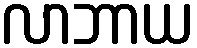
လာဘာယ